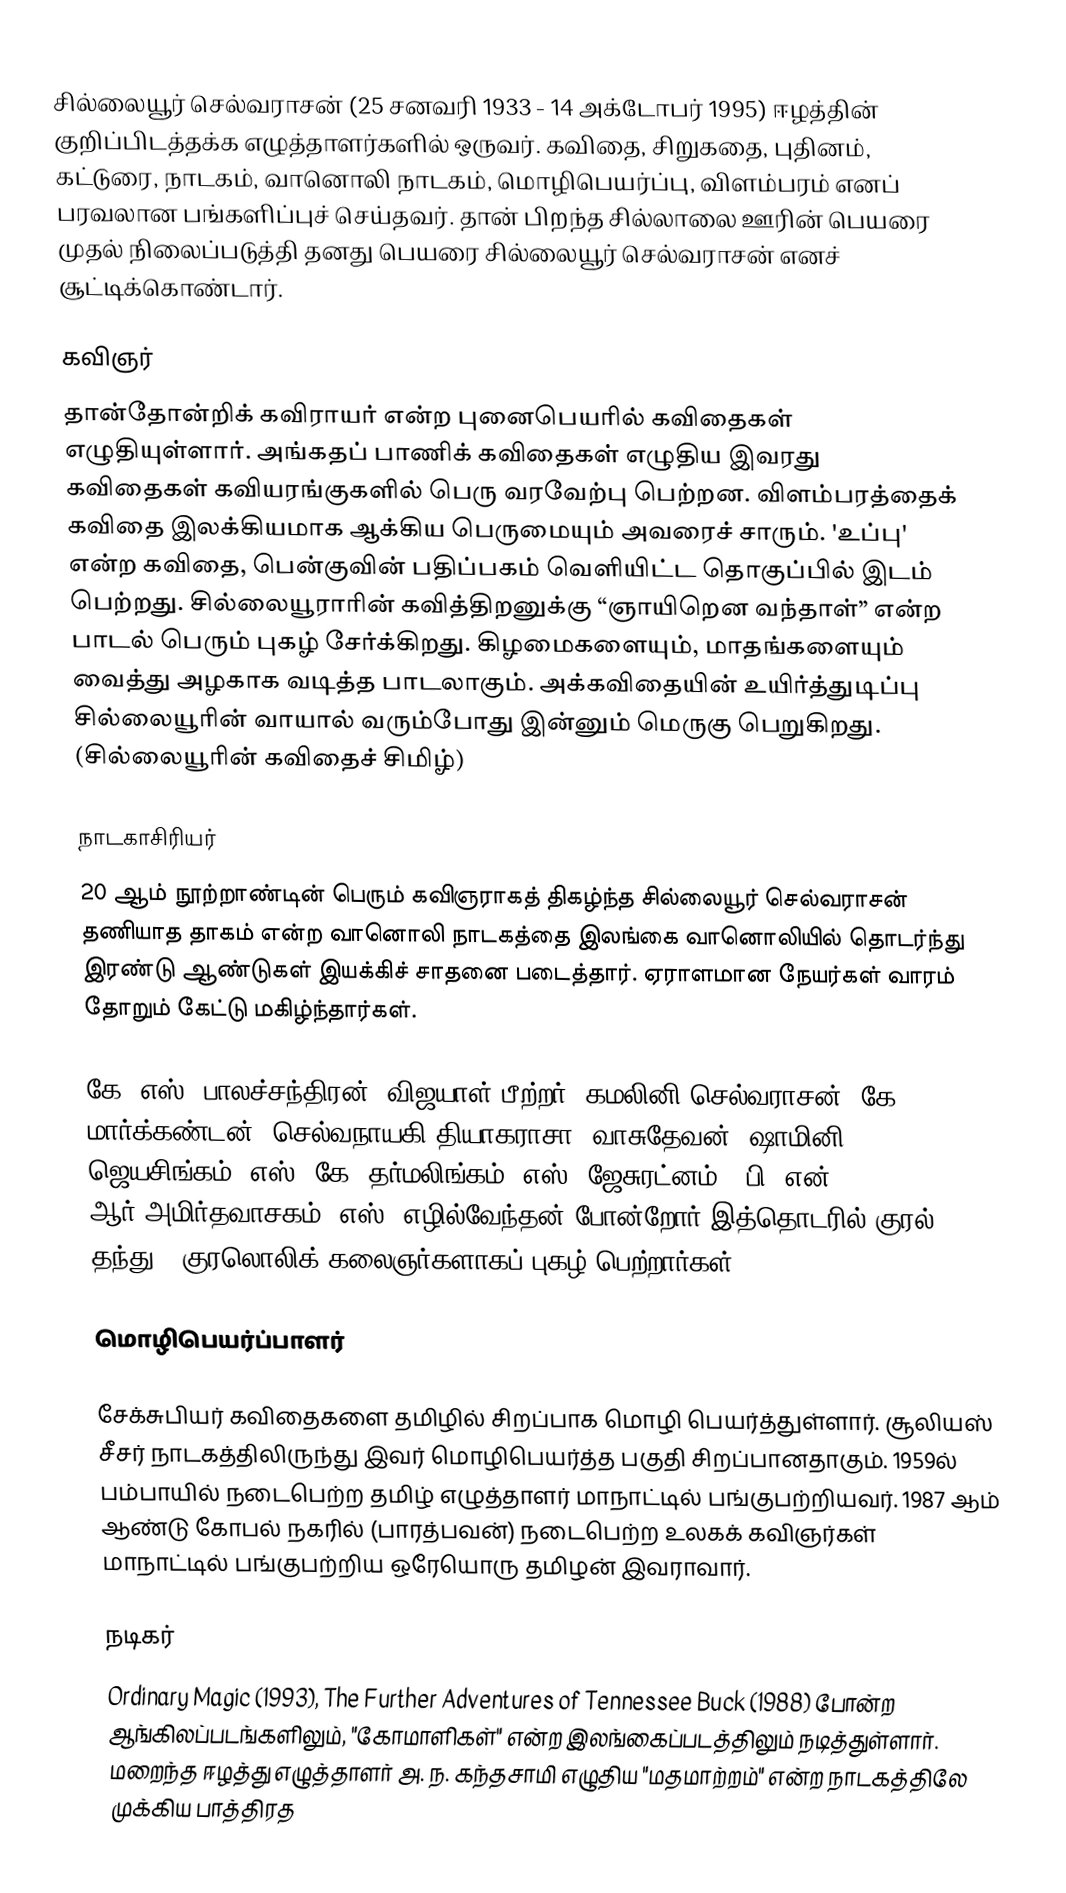
சில்லையூர் செல்வராசன் (25 சனவரி 1933 - 14 அக்டோபர் 1995) ஈழத்தின் குறிப்பிடத்தக்க எழுத்தாளர்களில் ஒருவர். கவிதை, சிறுகதை, புதினம், கட்டுரை, நாடகம், வானொலி நாடகம், மொழிபெயர்ப்பு, விளம்பரம் எனப் பரவலான பங்களிப்புச் செய்தவர். தான் பிறந்த சில்லாலை ஊரின் பெயரை முதல் நிலைப்படுத்தி தனது பெயரை சில்லையூர் செல்வராசன் எனச் சூட்டிக்கொண்டார்.

கவிஞர்
தான்தோன்றிக் கவிராயர் என்ற புனைபெயரில் கவிதைகள் எழுதியுள்ளார். அங்கதப் பாணிக் கவிதைகள் எழுதிய இவரது கவிதைகள் கவியரங்குகளில் பெரு வரவேற்பு பெற்றன. விளம்பரத்தைக் கவிதை இலக்கியமாக ஆக்கிய பெருமையும் அவரைச் சாரும்.  'உப்பு' என்ற கவிதை, பென்குவின் பதிப்பகம் வெளியிட்ட தொகுப்பில் இடம் பெற்றது. சில்லையூராரின் கவித்திறனுக்கு  “ஞாயிறென வந்தாள்” என்ற பாடல் பெரும் புகழ் சேர்க்கிறது. கிழமைகளையும், மாதங்களையும் வைத்து அழகாக வடித்த பாடலாகும். அக்கவிதையின் உயிர்த்துடிப்பு சில்லையூரின் வாயால் வரும்போது இன்னும் மெருகு பெறுகிறது. (சில்லையூரின் கவிதைச் சிமிழ்)

நாடகாசிரியர்
20 ஆம் நூற்றாண்டின் பெரும் கவிஞராகத் திகழ்ந்த சில்லையூர் செல்வராசன் தணியாத தாகம் என்ற வானொலி நாடகத்தை இலங்கை வானொலியில் தொடர்ந்து இரண்டு ஆண்டுகள் இயக்கிச் சாதனை படைத்தார். ஏராளமான நேயர்கள் வாரம் தோறும் கேட்டு மகிழ்ந்தார்கள்.

கே. எஸ். பாலச்சந்திரன், விஜயாள் பீற்றர், கமலினி செல்வராசன், கே. மார்க்கண்டன், செல்வநாயகி தியாகராசா, வாசுதேவன், ஷாமினி ஜெயசிங்கம், எஸ். கே. தர்மலிங்கம், எஸ். ஜேசுரட்னம் , பி. என். ஆர்.அமிர்தவாசகம், எஸ். எழில்வேந்தன் போன்றோர் இத்தொடரில் குரல் தந்து   / குரலொலிக் கலைஞர்களாகப் புகழ் பெற்றார்கள்.

மொழிபெயர்ப்பாளர்

சேக்சுபியர் கவிதைகளை தமிழில் சிறப்பாக மொழி பெயர்த்துள்ளார். சூலியஸ் சீசர் நாடகத்திலிருந்து இவர் மொழிபெயர்த்த பகுதி சிறப்பானதாகும். 1959ல் பம்பாயில் நடைபெற்ற தமிழ் எழுத்தாளர் மாநாட்டில் பங்குபற்றியவர். 1987 ஆம் ஆண்டு கோபல் நகரில் (பாரத்பவன்) நடைபெற்ற உலகக் கவிஞர்கள் மாநாட்டில் பங்குபற்றிய ஒரேயொரு தமிழன் இவராவார்.

நடிகர்
Ordinary Magic (1993), The Further Adventures of Tennessee Buck (1988) போன்ற ஆங்கிலப்படங்களிலும், "கோமாளிகள்" என்ற இலங்கைப்படத்திலும் நடித்துள்ளார். மறைந்த ஈழத்து எழுத்தாளர் அ. ந. கந்தசாமி எழுதிய "மதமாற்றம்" என்ற நாடகத்திலே முக்கிய பாத்திரத